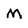
Character: M